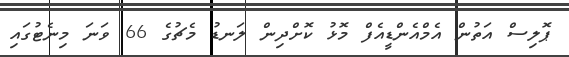
ޕޮލިސް އަތުން އެމްއެންޑީއެފް މޮޅު ކޮށްދިން ލަނޑު މެޗުގެ 66 ވަނަ މިނެޓުގައި